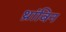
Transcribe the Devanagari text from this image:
थ्रांबिन